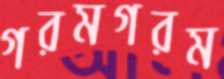
গরমগরম